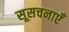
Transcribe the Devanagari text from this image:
सूसचनाएँ